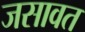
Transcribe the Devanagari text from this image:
जसावत